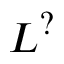
L ^ { ? }